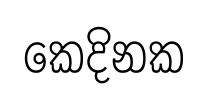
කෙදිනක